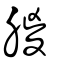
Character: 朡